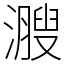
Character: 㵻